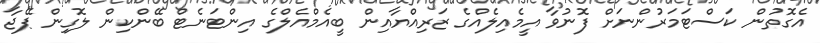
އެގޮތުން ކަސްޓަމަރުންނަށް ފޮނުވާ އީމެއިލެއްގެ ޒަރިއްޔާއިން ބީއެމްއެލްގެ އިންޓަނެޓް ބޭންކިން ލޮގިން ޕޭޖާ